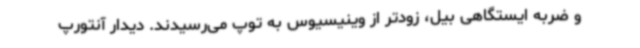
و ضربه ایستگاهی بیل، زودتر از وینیسیوس به توپ می‌رسیدند. دیدار آنتورپ